Vaccination in Bombay 1902-1912 - 1902-1912
Year: 1902
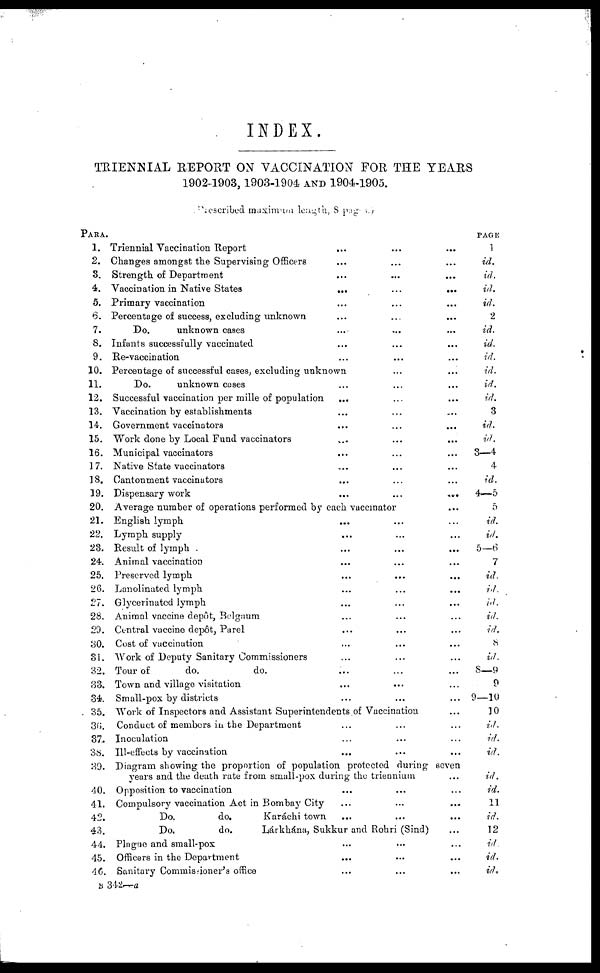
INDEX.
TRIENNIAL REPORT ON VACCINATION FOR THE YEARS
1902-1903,1903-1904 AND 1904-1905.
Prescribed maximum length, 8 pages
PARA.
1.
2.
3.
4.
5.
6.
7.
8.
9.
10.
11.
12.
13.
14.
15.
16.
17.
18.
19.
20.
21.
22.
23.
24.
25.
26.
27.
28.
29.
30.
31.
32.
33.
34.
35.
36.
37.
38.
39.
40.
41.
42.
43.
44.
45.
46.
Triennial Vaccination Report ... ... ...
Changes amongst the Supervising Officer. ... ... ...
Strength of Department ... ... ...
Vaccination in Native States
...
...
...
Primary vaccination ... ... ...
Percentage of success, excluding unknown ... ...
Do.
unknown cases ... ... ...
Infants successfully vaccinated ... ... ...
Re-vaccination ... ...
Percentage of successful cases, excluding unknown ... ...
Do.
unknown cases ... ... ...
Successful vaccination per mille of population ... ... ...
Vaccination by establishments ... ... ...
Government vaccinators ... ... ...
Work done by Local Fund vaccinators ... ... ...
Municipal vaccinators
Native State vaccinators ... ... ...
Cantonment vaccinators ... ... ...
Dispensary work
...
...
...
...
...
...
Average number of operations performed by each vaccinator ...
English lymph ... ... ...
Lymph supply ... ... ...
Result of lymph ... ... ...
Animal vaccination ... ... ...
Preserved lymph ... ... ...
Lanolinated lymph ... ... ...
Glycerinated lymph ... ... ...
Animal vaccine depôt, Belgaum. ... ... ...
Central vaccine depôt, Parel ... ... ...
Cost of vaccination ... ... ...
Work of Deputy Sanitary Commissioners ... ... ...
Tour of
do.
do. ... ... ...
Town and village visitation ... ... ...
Small-pox by districts ... ... ...
Work of Inspectors and Assistant Superintendents of Vaccination ...
Conduct of members in the Department ... ... ...
Inoculation ... ... ...
Ill-effects by vaccination ... ... ...
Diagram showing the proportion of population protected during seven
years and the death rate from small-pox during the triennium ...
Opposition to vaccination ... ... ...
Compulsory vaccination Act in Bombay City ... ... ...
Do.
do.
Karáchi town ... ... ...
Do.
do.
Lárkhána, Sukkur and Rohri (Sind)
Plague and small-pox ... ... ...
Officers in the Department ... ... ...
Sanitary Cominissioner's office ... ... ...
PAGE
1
id.
id.
id.
id.
2
id.
id.
id.
id.
id.
id.
3
id.
id.
3—4
4
id.
4—5
5
id.
id.
5—6
7
id.
id.
id.
id.
id.
8
id.
8—9
9
9—10
10
id.
id.
id.
id.
id.
11
id.
12
id
id.
id.
B 342—a